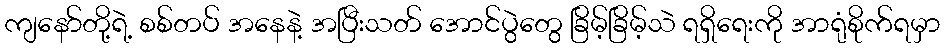
ကျနော်တို့ရဲ့ စစ်တပ် အနေနဲ့ အပြီးသတ် အောင်ပွဲတွေ ခြိမ့်ခြိမ့်သဲ ရရှိရေးကို အာရုံစိုက်ရမှာ